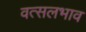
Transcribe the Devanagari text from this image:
वत्सलभाव